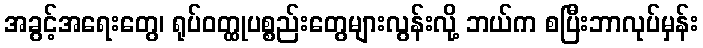
အခွင့်အရေးတွေ၊ ရုပ်ဝတ္ထုပစ္စည်းတွေများလွန်းလို့ ဘယ်က စပြီးဘာလုပ်မှန်း